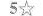
5☆